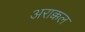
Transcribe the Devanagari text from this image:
अराक्कल